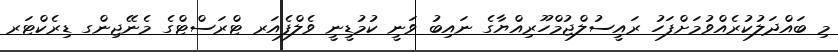
މި ބައްދަލުކުރެއްވުމަށްފަހު ރައީސުލްޖުމްހޫރިއްޔާގެ ނައިބު ވަނީ ކުމުޑީނީ ވެލްފެއަރ ޓްރަސްޓްގެ މެނޭޖިންގ ޑިރެކްޓަރ